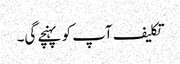
تکلیف آپ کو پہنچے گی۔